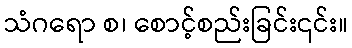
သံဂရော စ၊ စောင့်စည်းခြင်း၎င်း။